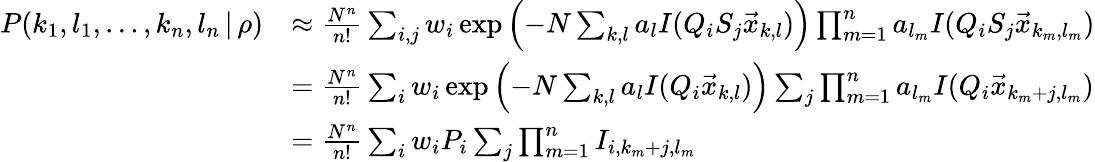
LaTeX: \begin{array}{rl}{P(k_{1},l_{1},\dots,k_{n},l_{n}\, |\, \rho)}&{\approx\frac{N^{n}}{n!}\sum_{i,j}w_{i}\exp\left(-N\sum_{k,l}a_{l}I(Q_{i}S_{j}\vec{x}_{k,l})\right)\prod_{m=1}^{n}a_{l_{m}}I(Q_{i}S_{j}\vec{x}_{k_{m},l_{m}})}\\ &{=\frac{N^{n}}{n!}\sum_{i}w_{i}\exp\left(-N\sum_{k,l}a_{l}I(Q_{i}\vec{x}_{k,l})\right)\sum_{j}\prod_{m=1}^{n}a_{l_{m}}I(Q_{i}\vec{x}_{k_{m}+j,l_{m}})}\\ &{=\frac{N^{n}}{n!}\sum_{i}w_{i}P_{i}\sum_{j}\prod_{m=1}^{n}I_{i,k_{m}+j,l_{m}}}\end{array}